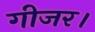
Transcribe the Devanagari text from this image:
गीजर।